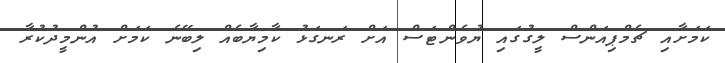
ކަމަށާއި ޗެމްޕިއަންސް ލީގުގައި ޔުވެންޓަސް އަށް ރަނގަޅު ކާމިޔާބެއް ލިބޭނެ ކަމަށް އުންމީދުކުރާ